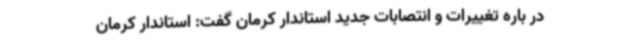
در باره تغییرات و انتصابات جدید استاندار کرمان گفت: استاندار کرمان